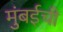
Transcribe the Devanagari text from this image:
मुुंबईची